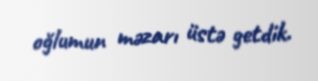
oğlumun məzarı üstə getdik.